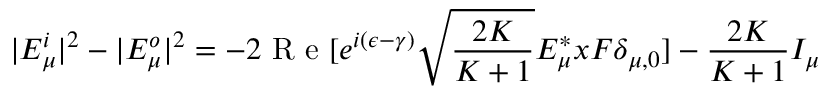
| E _ { \mu } ^ { i } | ^ { 2 } - | E _ { \mu } ^ { o } | ^ { 2 } = - 2 \textrm { R e } [ e ^ { i ( \epsilon - \gamma ) } \sqrt { \frac { 2 K } { K + 1 } } E _ { \mu } ^ { * } x F \delta _ { \mu , 0 } ] - \frac { 2 K } { K + 1 } I _ { \mu }